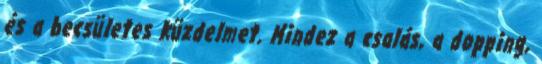
és a becsületes küzdelmet. Mindez a csalás, a dopping,